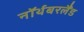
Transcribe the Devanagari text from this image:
नॉर्थबरलैंड